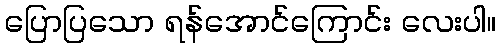
ပြောပြသော ရန်အောင်ကြောင်း လေးပါ။